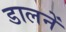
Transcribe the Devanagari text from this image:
डालनें